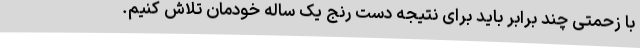
با زحمتی چند برابر باید برای نتیجه دست رنج یک ساله خودمان تلاش کنیم.